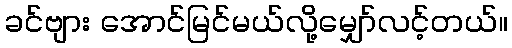
ခင်ဗျား အောင်မြင်မယ်လို့မျှော်လင့်တယ်။